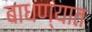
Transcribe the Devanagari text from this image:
बाधण्यात